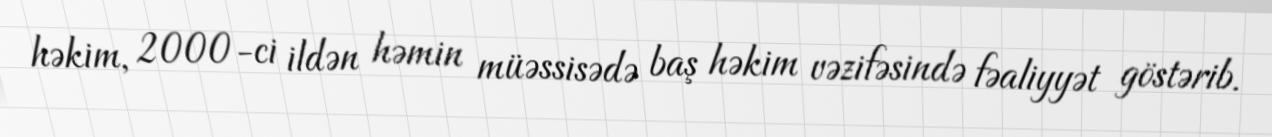
həkim, 2000-ci ildən həmin müəssisədə baş həkim vəzifəsində fəaliyyət göstərib.